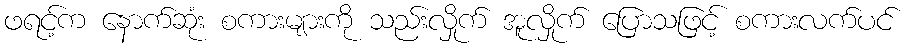
ဖရင့်က နောက်ဆုံး စကားများကို သည်းလှိုက် အူလှိုက် ပြောသဖြင့် စကားလက်ပင်